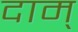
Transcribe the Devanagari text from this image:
दाम्